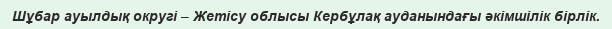
Шұбар ауылдық округі – Жетісу облысы Кербұлақ ауданындағы әкімшілік бірлік.